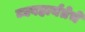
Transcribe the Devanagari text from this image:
व्यवहार्यतेचे